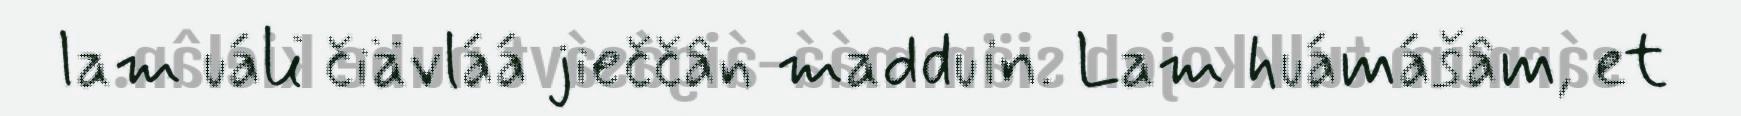
lam uáli čiävláá jieččân madduin. Lam huámášâm, et